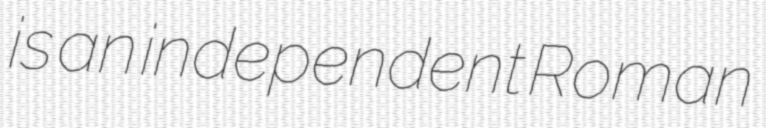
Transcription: is an independent Roman